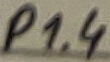
Text: P1.4